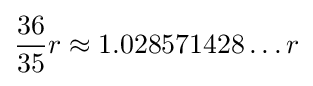
{\frac {36}{35}}r\approx 1.028571428\ldots r